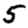
Digit: 5